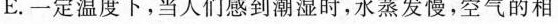
E。一定温度下，当人们感到潮湿时，水蒸发慢，空气的相